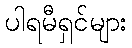
ပါရမီရှင်များ